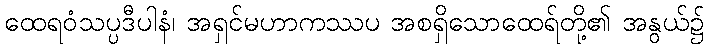
ထေရဝံသပ္ပဒီပါနံ၊ အရှင်မဟာကဿပ အစရှိသောထေရ်တို့၏ အနွယ်၌